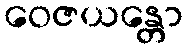
ဝေဇယန္တော